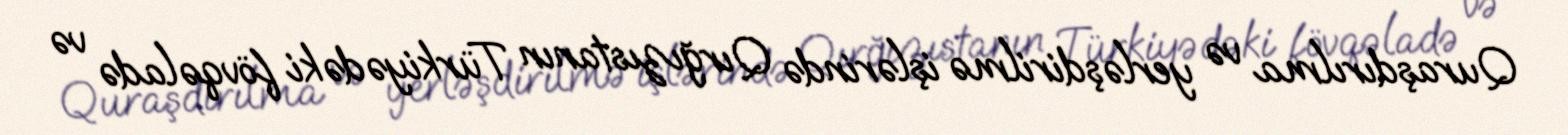
Quraşdırılma və yerləşdirilmə işlərində Qırğızıstanın Türkiyədəki fövqəladə və